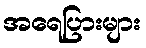
အရေပြားများ